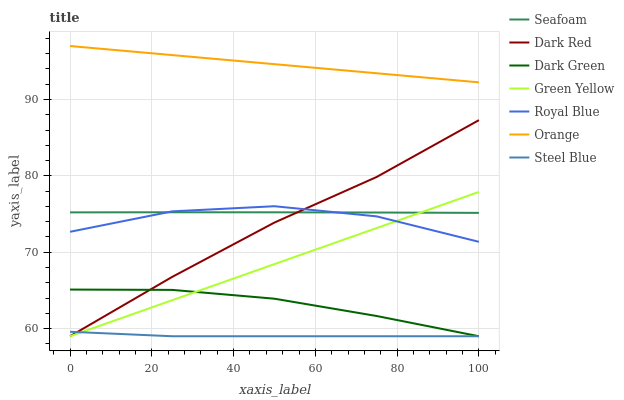
| xaxis_label | Seafoam | Dark Red | Dark Green | Green Yellow | Royal Blue | Orange | Steel Blue |
 | --- | --- | --- | --- | --- | --- | --- | --- |
 | 0 | 75.2 | 59 | 65.1 | 59 | 72.7 | 97 | 59.6 |
 | 25 | 75.2 | 66.8 | 65.1 | 63.7 | 75.4 | 95.8 | 59 |
 | 50 | 75.2 | 73.9 | 63.9 | 68.4 | 76 | 94.6 | 59 |
 | 75 | 75.2 | 79.9 | 61.7 | 73.2 | 74.7 | 93.4 | 59 |
 | 100 | 75.2 | 87.3 | 59 | 77.9 | 71.4 | 92.2 | 59 |